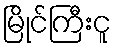
မြိုင်ကြီးငူ